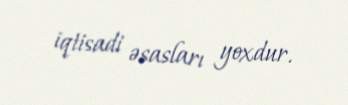
iqtisadi əsasları yoxdur.